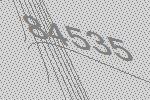
84535